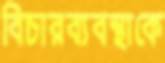
বিচারব্যবস্থাকে